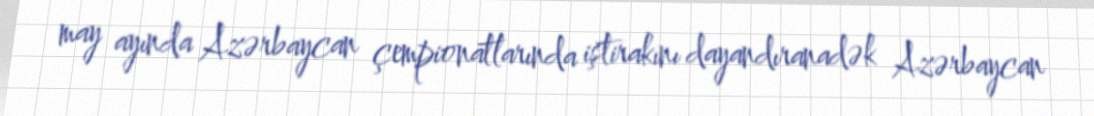
may ayında Azərbaycan çempionatlarında iştirakını dayandıranadək Azərbaycan